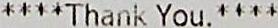
****THANK YOU.****